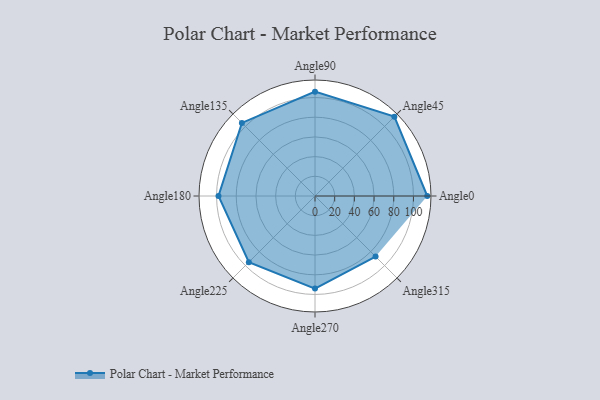
{"axis": {"x": "Angle", "y": "Radius"}, "legend": [""], "data": [{"x": "Angle0", "y": 114.0, "type": ""}, {"x": "Angle45", "y": 114.0, "type": ""}, {"x": "Angle90", "y": 106.0, "type": ""}, {"x": "Angle135", "y": 105.0, "type": ""}, {"x": "Angle180", "y": 98.0, "type": ""}, {"x": "Angle225", "y": 95.0, "type": ""}, {"x": "Angle270", "y": 94.0, "type": ""}, {"x": "Angle315", "y": 87.0, "type": ""}]}